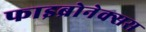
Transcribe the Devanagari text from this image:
फाइब्रोनेक्सस